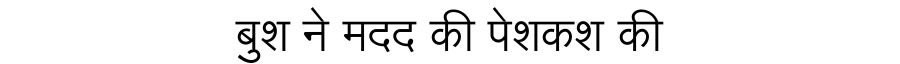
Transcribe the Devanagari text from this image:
बुश ने मदद की पेशकश की